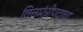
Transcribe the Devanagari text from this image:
वित्तमंत्रीपदाचा